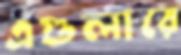
এগুলারে